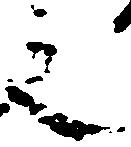
之